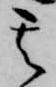
其